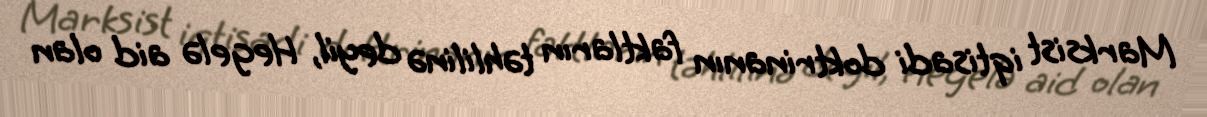
Marksist iqtisadi doktrinanın faktların təhlilinə deyil, Hegelə aid olan